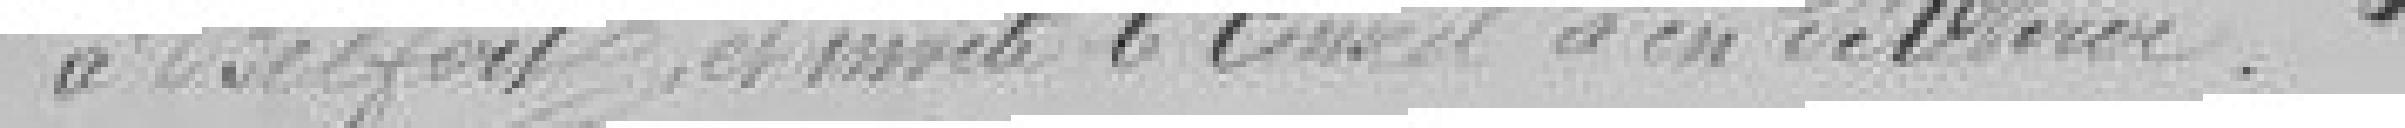
à Belfort, et invite le conseil à en délibérer.